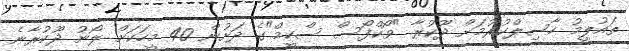
ތައުލީމު ހާސިލްކުރުމަށް ދޫކުރާ "ވޯކްފޯސް ސްކީމް"ގެ ދަށުން 40 މީހަކަށް ލޯނު ދޫކުރާނެ